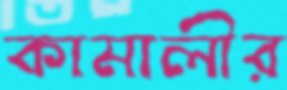
কামালীর